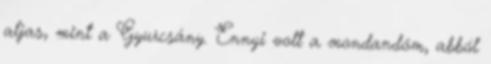
aljas, mint a Gyurcsány. Ennyi volt a mondandóm, abból